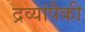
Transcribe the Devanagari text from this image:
द्रव्यांपैकी